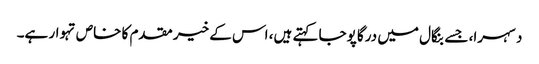
دسہرا، جسے بنگال میں درگا پوجا کہتے ہیں، اس کے خیر مقدم کا خاص تہوار ہے۔